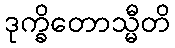
ဒုက္ခိတောသ္မီတိ